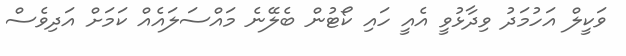
ވަކީލް އަހުމަދު ވިދާޅުވީ އެއީ ހައި ކޯޓުން ބެލޭނެ މައްސަލައެއް ކަމަށް އަދިވެސް